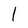
Character: l